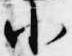
小